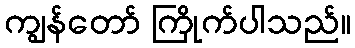
ကျွန်တော် ကြိုက်ပါသည်။